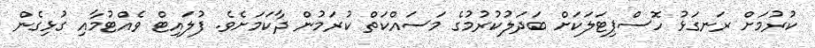
ކުރުމަށް ރަނގަޅު ހޮސްޕިޓަލަކަށް ބަދަލުކުރުމުގެ މަސައްކަތް ކުރަމުން ދާކަމަށެވެ. ފުލައިޓް ވެއްޓުމާއި ގުޅިގެން